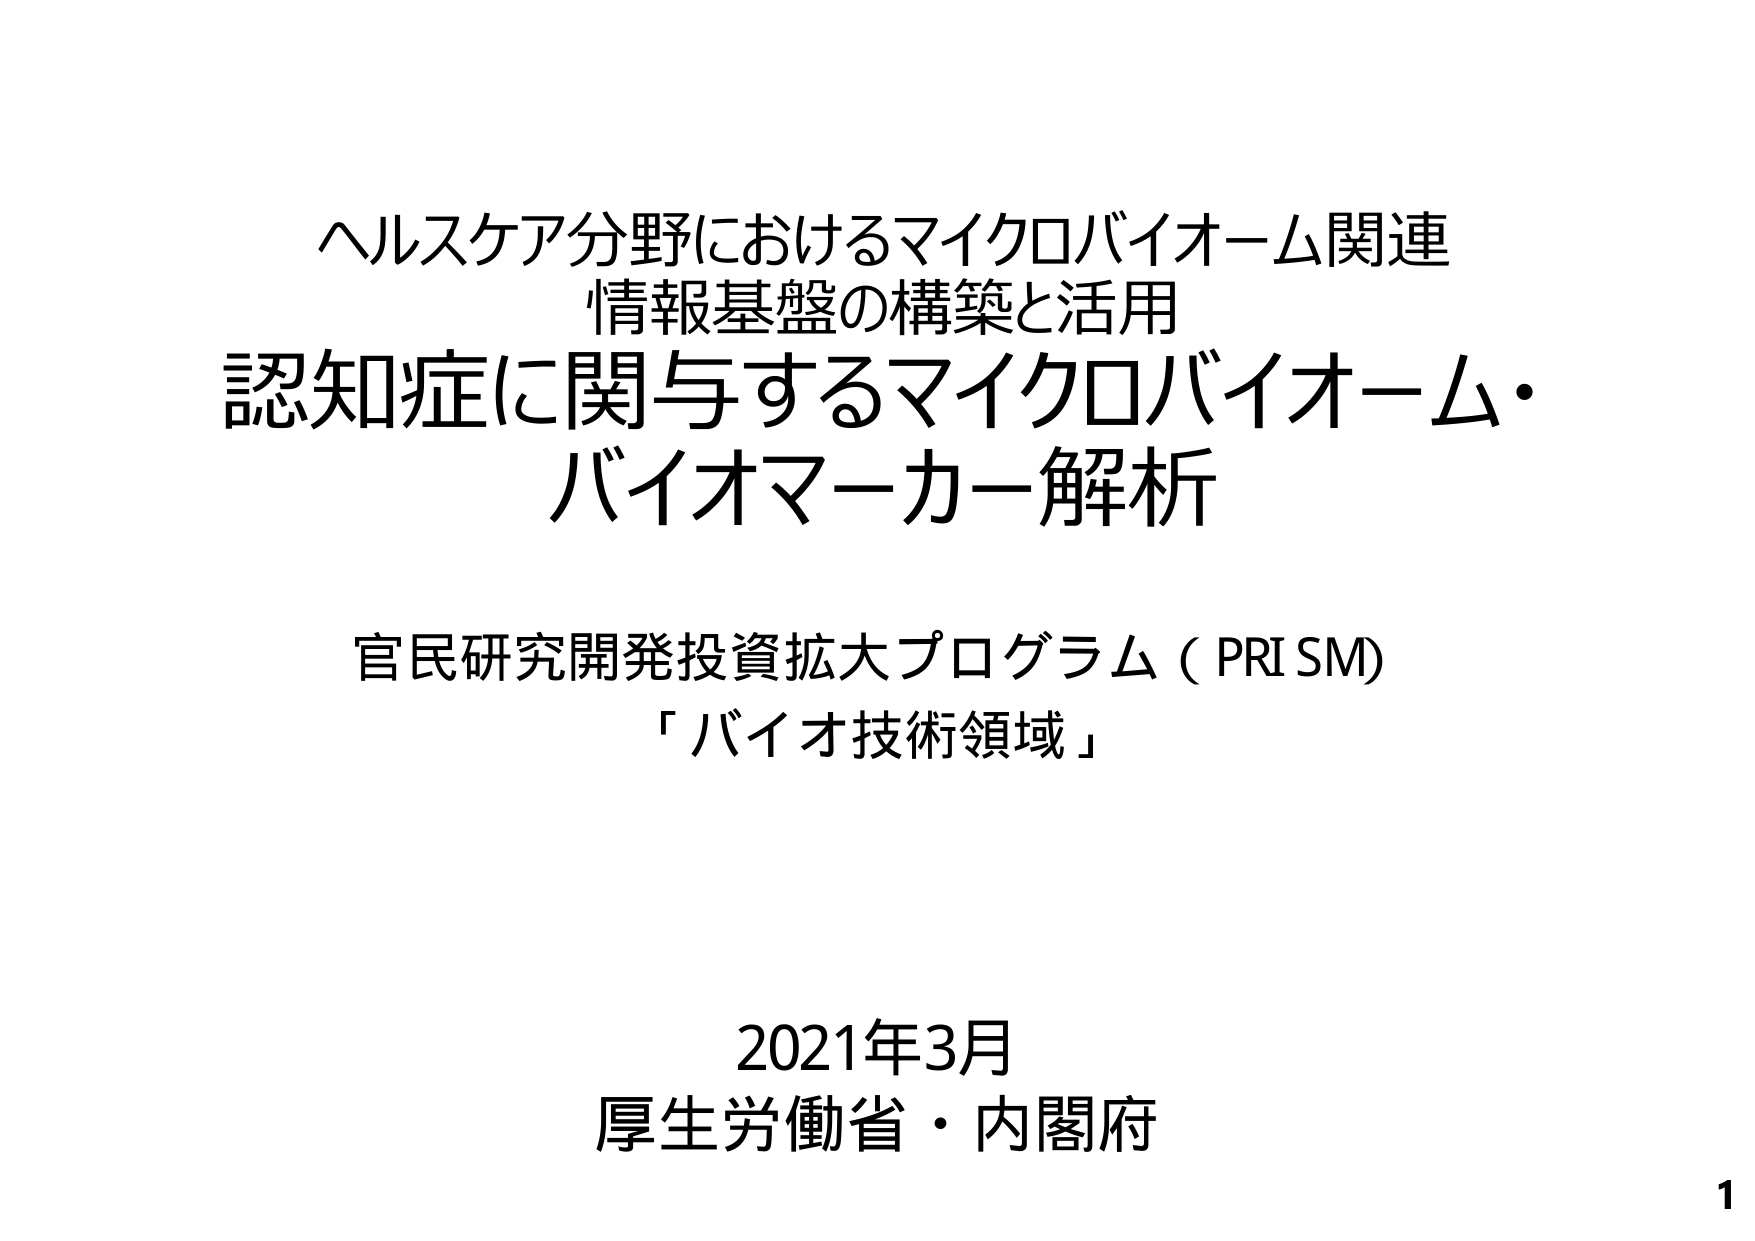
ヘルスケア分野におけるマイクロバイオーム関連
情報基盤の構築と活用
認知症に関与するマイクロバイオーム・
バイオマーカー解析

官民研究開発投資拡大プログラム（PRISM）
「バイオ技術領域」

2021年3月
厚生労働省・内閣府

1